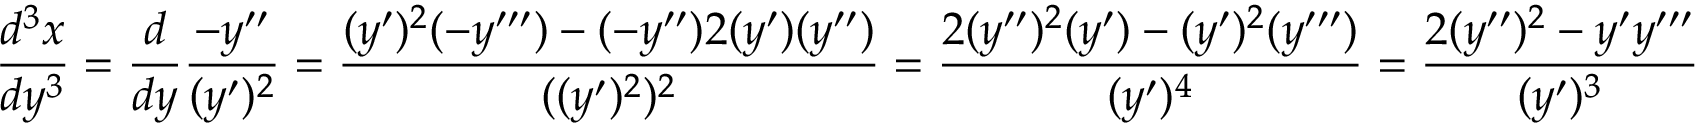
\frac { d ^ { 3 } x } { d y ^ { 3 } } = \frac { d } { d y } \frac { - y ^ { \prime \prime } } { ( y ^ { \prime } ) ^ { 2 } } = \frac { ( y ^ { \prime } ) ^ { 2 } ( - y ^ { \prime \prime \prime } ) - ( - y ^ { \prime \prime } ) 2 ( y ^ { \prime } ) ( y ^ { \prime \prime } ) } { ( ( y ^ { \prime } ) ^ { 2 } ) ^ { 2 } } = \frac { 2 ( y ^ { \prime \prime } ) ^ { 2 } ( y ^ { \prime } ) - ( y ^ { \prime } ) ^ { 2 } ( y ^ { \prime \prime \prime } ) } { ( y ^ { \prime } ) ^ { 4 } } = \frac { 2 ( y ^ { \prime \prime } ) ^ { 2 } - y ^ { \prime } y ^ { \prime \prime \prime } } { ( y ^ { \prime } ) ^ { 3 } }